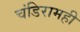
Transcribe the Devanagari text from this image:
चंडिरामही